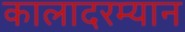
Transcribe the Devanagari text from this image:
कालादरम्यान